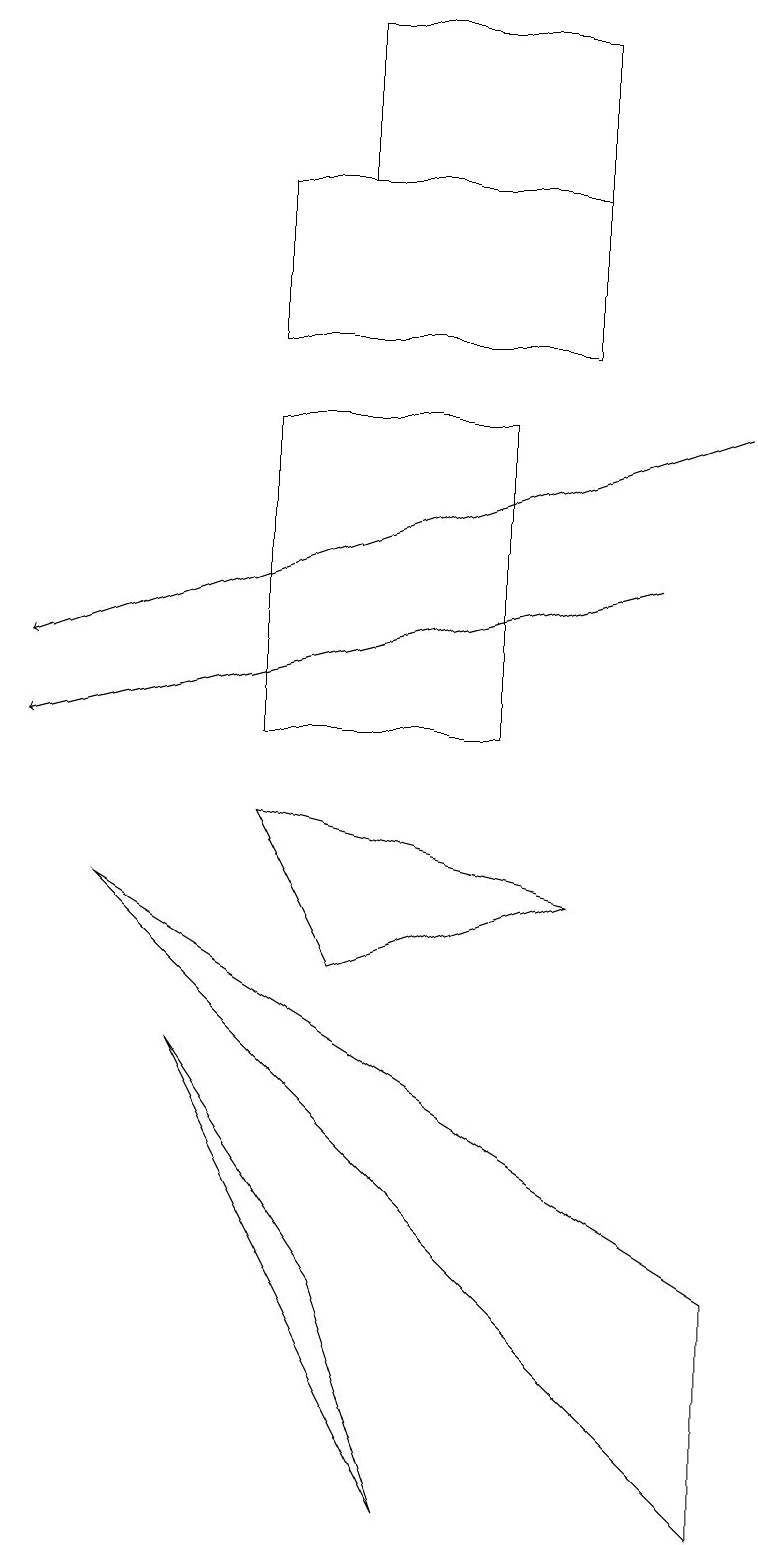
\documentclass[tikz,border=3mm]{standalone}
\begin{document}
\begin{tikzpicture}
\draw[->] (9,14) -- (0,11);
\draw (6,10) rectangle (3,14);
\draw (3,17) rectangle (7,15);
\draw (7,8) -- (3,9) -- (4,7) -- cycle;
\draw (5,0) -- (4,3) -- (2,6) -- cycle;
\draw (4,17) rectangle (7,19);
\draw (9,0) -- (9,3) -- (1,8) -- cycle;
\draw[->] (8,12) -- (0,10);
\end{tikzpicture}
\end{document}